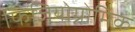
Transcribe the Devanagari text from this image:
फिजियोग्नोमिक